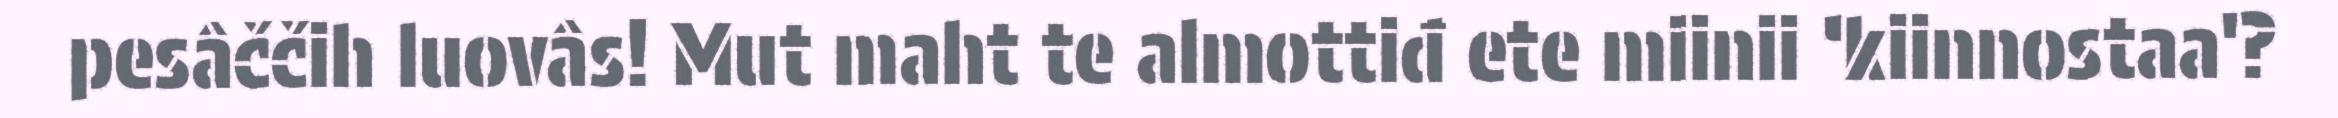
pesâččih luovâs! Mut maht te almottiđ ete miinii ‘kiinnostaa'?